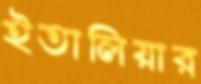
ইতালিয়ার